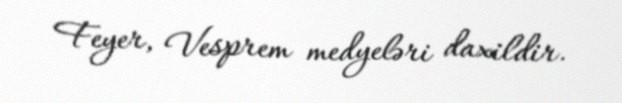
Feyer, Vesprem medyeləri daxildir.